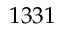
1 3 3 1